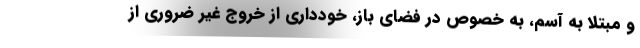
و مبتلا به آسم، به خصوص در فضای باز، خودداری از خروج غیر ضروری از